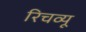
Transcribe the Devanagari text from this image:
रिचव्यू